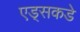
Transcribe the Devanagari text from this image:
एड्‌सकडे